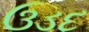
ઉડદ